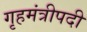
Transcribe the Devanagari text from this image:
गृहमंत्रीपदी